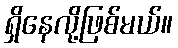
ရှိနေလို့ဖြစ်မယ်။